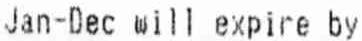
JAN-DEC WILL EXPIRE BY